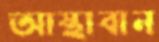
আস্থাবান